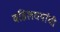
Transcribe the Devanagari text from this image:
वडिलधर्यांची